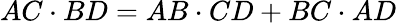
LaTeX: AC\cdot BD=AB\cdot CD+BC\cdot AD